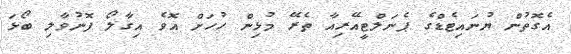
އެގޮތުން ޔުނައިޓެޑްގެ ޕެނަލްޓީއޭރިއާ ތެރޭ މުޅިން ހުހަށް އޮވެ އިގާލޯ ފޮނުވާލި ބޯޅަ